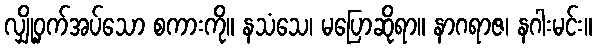
လျှို့ဝှက်အပ်သော စကားကို။ နသံသေ၊ မပြောဆိုရာ။ နာဂရာဇ၊ နဂါးမင်း။